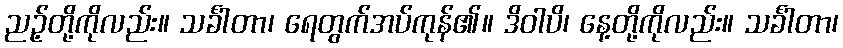
ညဉ့်တို့ကိုလည်း။ သင်္ခါတာ၊ ရေတွက်အပ်ကုန်၏။ ဒိဝါပိ၊ နေ့တို့ကိုလည်း။ သင်္ခါတာ၊